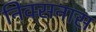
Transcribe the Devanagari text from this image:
निक्सनास